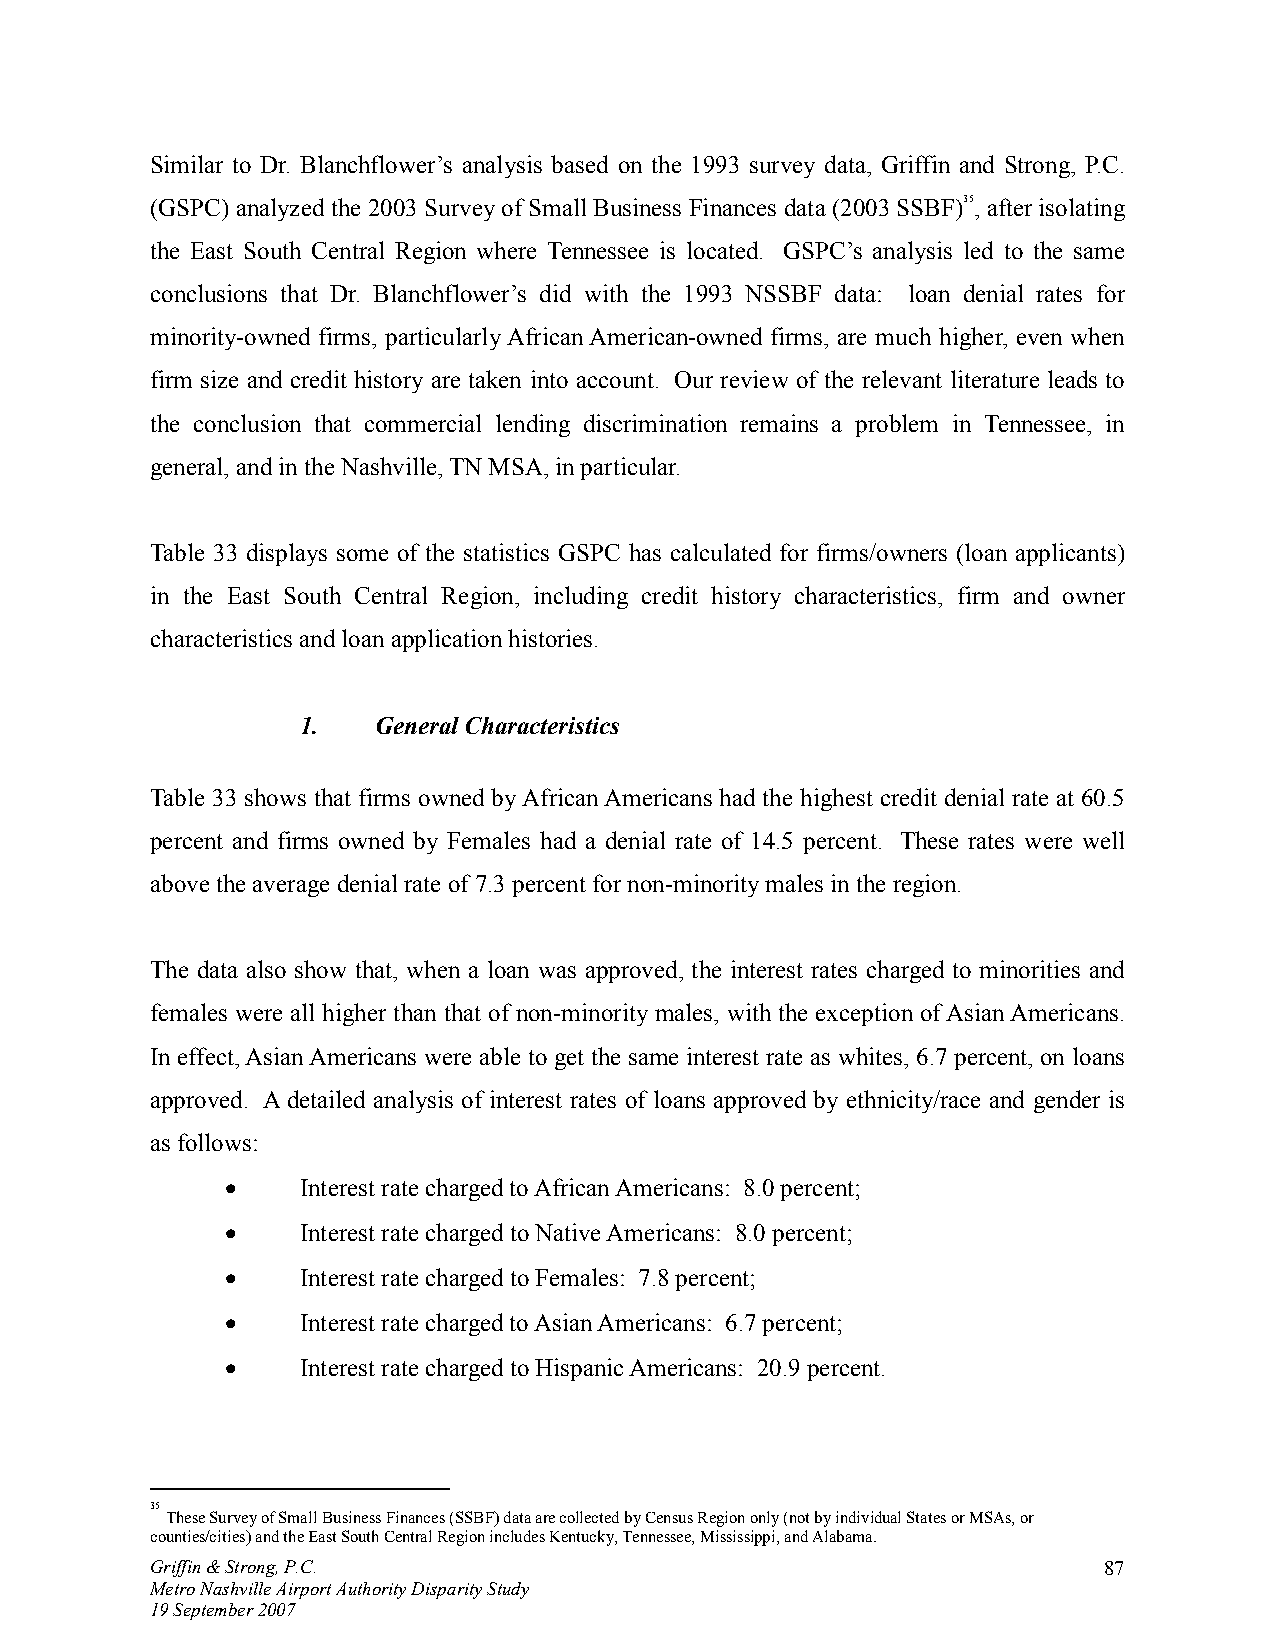
Similar to Dr. Blanchflower’s analysis based on the 1993 survey data, Griffin and Strong, P.C.
 (GSPC) analyzed the 2003 Survey of Small Business Finances data (2003 SSBF)35, after isolating
 the East South Central Region where Tennessee is located. GSPC’s analysis led to the same
 conclusions that Dr. Blanchflower’s did with the 1993 NSSBF data: loan denial rates for
 minority-owned firms, particularly African American-owned firms, are much higher, even when
 firm size and credit history are taken into account. Our review of the relevant literature leads to
 the conclusion that commercial lending discrimination remains a problem in Tennessee, in
 general, and in the Nashville, TN MSA, in particular.
 Table 33 displays some of the statistics GSPC has calculated for firms/owners (loan applicants)
 in the East South Central Region, including credit history characteristics, firm and owner
 characteristics and loan application histories.
 1.   General Characteristics
 Table 33 shows that firms owned by African Americans had the highest credit denial rate at 60.5
 percent and firms owned by Females had a denial rate of 14.5 percent. These rates were well
 above the average denial rate of 7.3 percent for non-minority males in the region.
 The data also show that, when a loan was approved, the interest rates charged to minorities and
 females were all higher than that of non-minority males, with the exception of Asian Americans.
 In effect, Asian Americans were able to get the same interest rate as whites, 6.7 percent, on loans
 approved. A detailed analysis of interest rates of loans approved by ethnicity/race and gender is
 as follows:
 •    Interest rate charged to African Americans: 8.0 percent;
 •    Interest rate charged to Native Americans: 8.0 percent;
 •    Interest rate charged to Females: 7.8 percent;
 •    Interest rate charged to Asian Americans: 6.7 percent;
 •    Interest rate charged to Hispanic Americans: 20.9 percent.
 35
 These Survey of Small Business Finances (SSBF) data are collected by Census Region only (not by individual States or MSAs, or
 counties/cities) and the East South Central Region includes Kentucky, Tennessee, Mississippi, and Alabama.
 Griffin & Strong, P.C.                                         87
 Metro Nashville Airport Authority Disparity Study
 19 September 2007